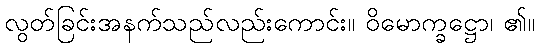
လွတ်ခြင်းအနက်သည်လည်းကောင်း။ ဝိမောက္ခဋ္ဌော၊ ၏။